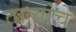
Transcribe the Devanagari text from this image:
तात्यांचे